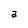
Character: a